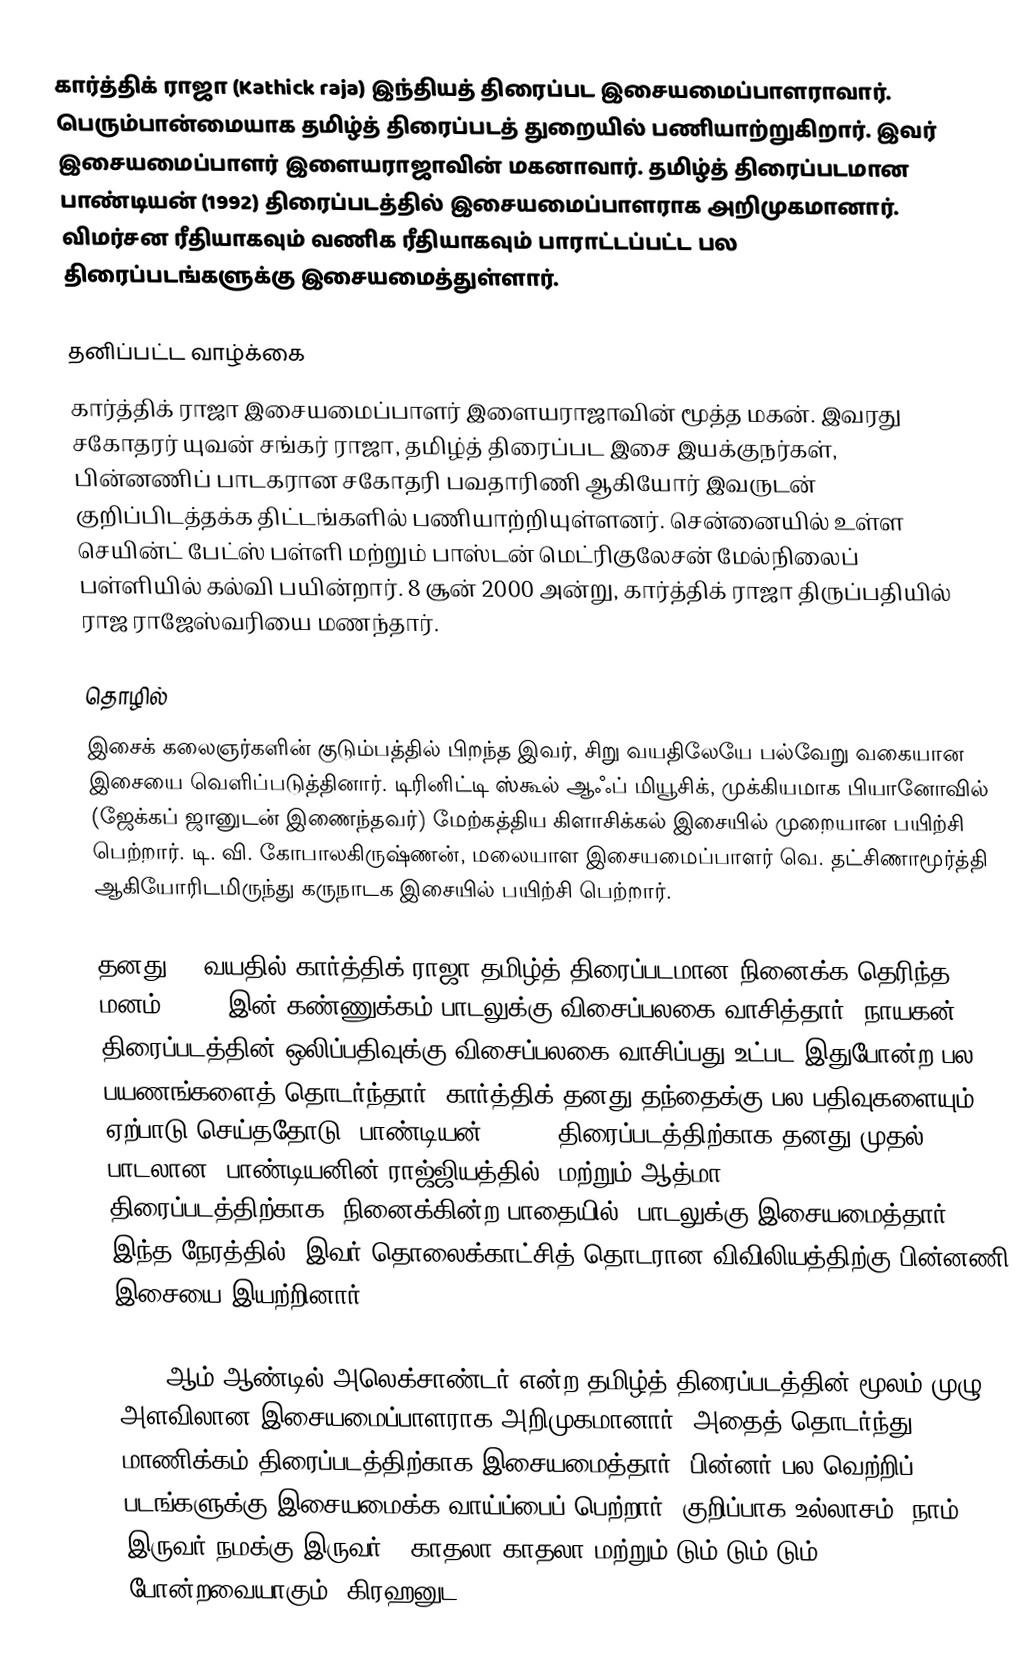
கார்த்திக் ராஜா (Kathick raja) இந்தியத் திரைப்பட இசையமைப்பாளராவார். பெரும்பான்மையாக தமிழ்த் திரைப்படத் துறையில் பணியாற்றுகிறார். இவர் இசையமைப்பாளர் இளையராஜாவின் மகனாவார். தமிழ்த் திரைப்படமான பாண்டியன் (1992) திரைப்படத்தில் இசையமைப்பாளராக அறிமுகமானார். விமர்சன ரீதியாகவும் வணிக ரீதியாகவும் பாராட்டப்பட்ட பல திரைப்படங்களுக்கு இசையமைத்துள்ளார்.

தனிப்பட்ட வாழ்க்கை
கார்த்திக் ராஜா இசையமைப்பாளர் இளையராஜாவின் மூத்த மகன். இவரது சகோதரர் யுவன் சங்கர் ராஜா, தமிழ்த் திரைப்பட இசை இயக்குநர்கள், பின்னணிப் பாடகரான சகோதரி பவதாரிணி ஆகியோர் இவருடன் குறிப்பிடத்தக்க திட்டங்களில் பணியாற்றியுள்ளனர். சென்னையில் உள்ள செயின்ட் பேட்ஸ் பள்ளி மற்றும் பாஸ்டன் மெட்ரிகுலேசன் மேல்நிலைப் பள்ளியில் கல்வி பயின்றார். 8 சூன் 2000 அன்று, கார்த்திக் ராஜா திருப்பதியில் ராஜ ராஜேஸ்வரியை மணந்தார்.

தொழில்
இசைக் கலைஞர்களின் குடும்பத்தில் பிறந்த இவர், சிறு வயதிலேயே பல்வேறு வகையான இசையை வெளிப்படுத்தினார். டிரினிட்டி ஸ்கூல் ஆஃப் மியூசிக், முக்கியமாக பியானோவில் (ஜேக்கப் ஜானுடன் இணைந்தவர்) மேற்கத்திய கிளாசிக்கல் இசையில் முறையான பயிற்சி பெற்றார். டி. வி. கோபாலகிருஷ்ணன், மலையாள இசையமைப்பாளர் வெ. தட்சிணாமூர்த்தி ஆகியோரிடமிருந்து கருநாடக இசையில் பயிற்சி பெற்றார்.

தனது 13 வயதில் கார்த்திக் ராஜா தமிழ்த் திரைப்படமான நினைக்க தெரிந்த மனம் (1987)இன் கண்ணுக்கம் பாடலுக்கு விசைப்பலகை வாசித்தார். நாயகன் திரைப்படத்தின் ஒலிப்பதிவுக்கு விசைப்பலகை வாசிப்பது உட்பட இதுபோன்ற பல பயணங்களைத் தொடர்ந்தார். கார்த்திக் தனது தந்தைக்கு பல பதிவுகளையும் ஏற்பாடு செய்ததோடு, பாண்டியன் (1992) திரைப்படத்திற்காக தனது முதல் பாடலான "பாண்டியனின் ராஜ்ஜியத்தில்" மற்றும் ஆத்மா (1993) திரைப்படத்திற்காக "நினைக்கின்ற பாதையில்" பாடலுக்கு இசையமைத்தார். இந்த நேரத்தில், இவர் தொலைக்காட்சித் தொடரான விவிலியத்திற்கு பின்னணி இசையை இயற்றினார்.

1996 ஆம் ஆண்டில் அலெக்சாண்டர் என்ற தமிழ்த் திரைப்படத்தின் மூலம் முழு அளவிலான இசையமைப்பாளராக அறிமுகமானார். அதைத் தொடர்ந்து மாணிக்கம் திரைப்படத்திற்காக இசையமைத்தார். பின்னர் பல வெற்றிப் படங்களுக்கு இசையமைக்க வாய்ப்பைப் பெற்றார். குறிப்பாக உல்லாசம், நாம் இருவர் நமக்கு இருவர் , காதலா காதலா மற்றும் டும் டும் டும் போன்றவையாகும். கிரஹனுட